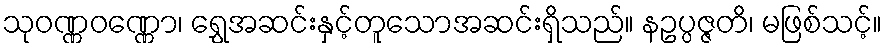
သုဝဏ္ဏဝဏ္ဏော၊ ရွှေအဆင်းနှင့်တူသောအဆင်းရှိသည်။ နဥပ္ပဇ္ဇတိ၊ မဖြစ်သင့်။